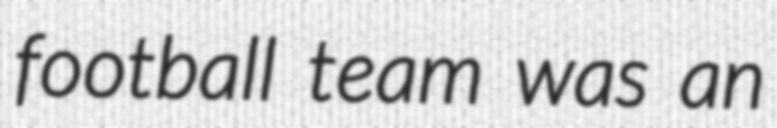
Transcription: football team was an